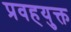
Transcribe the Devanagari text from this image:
प्रवहयुक्त